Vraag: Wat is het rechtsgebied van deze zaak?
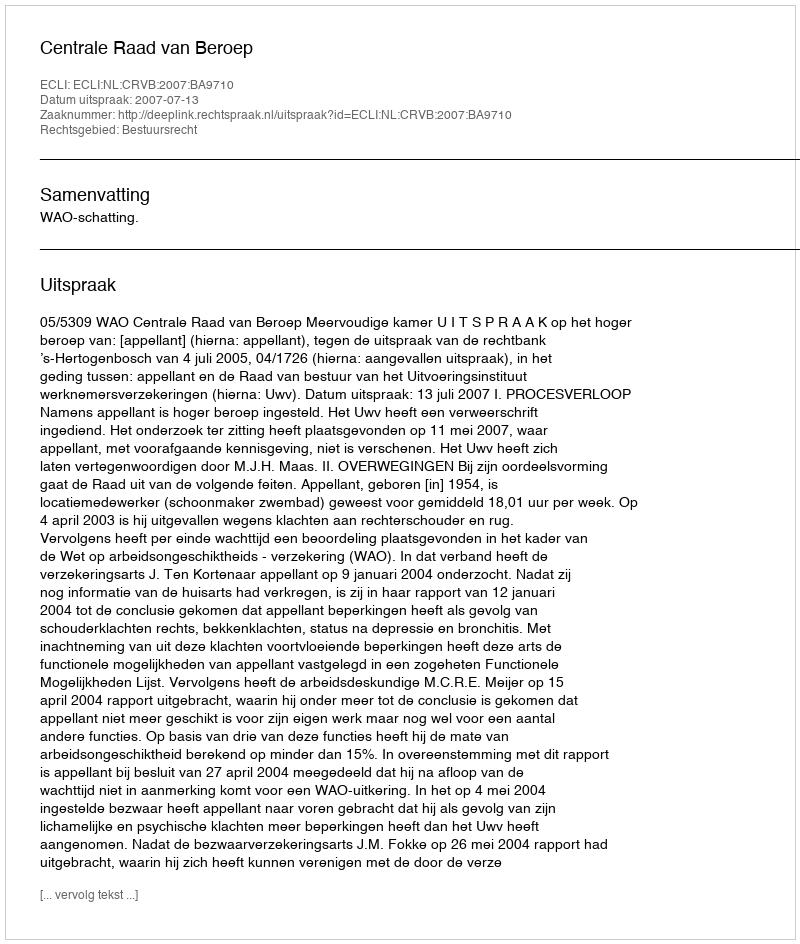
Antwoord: Bestuursrecht